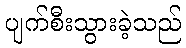
ပျက်စီးသွားခဲ့သည်